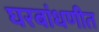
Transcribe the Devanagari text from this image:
घरबांधणीत